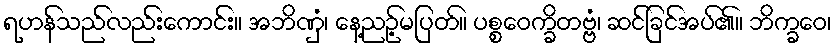
ရဟန်သည်လည်းကောင်း။ အဘိဏှံ၊ နေ့ညဉ့်မပြတ်။ ပစ္စဝေက္ခိတဗ္ဗံ၊ ဆင်ခြင်အပ်၏။ ဘိက္ခဝေ၊